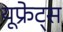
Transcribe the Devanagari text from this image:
यूफ्रेट्स